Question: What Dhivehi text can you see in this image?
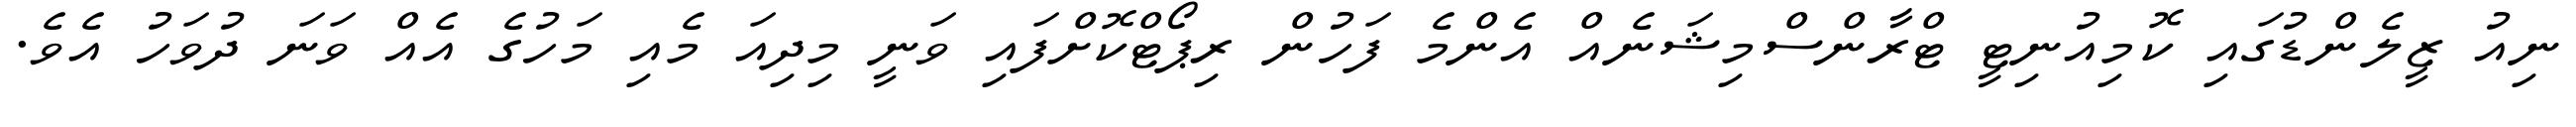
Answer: ނިއު ޒީލެންޑުގައި ކޮމިއުނިޓީ ޓްރާންސްމިޝަނެއް އެންމެ ފަހުން ރިޕޯޓްކޮށްފައި ވަނީ މިދިއަ މެއި މަހުގެ އެއް ވަނަ ދުވަހު އެވެ.